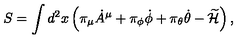
S = \int d ^ { 2 } x \left( \pi _ { \mu } { \dot { A } } ^ { \mu } + \pi _ { \phi } { \dot { \phi } } + \pi _ { \theta } { \dot { \theta } } - \widetilde { \cal H } \right) ,